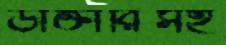
ডাক্তারিসহ